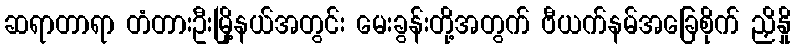
ဆရာတာရာ တံတားဦးမြို့နယ်အတွင်း မေးခွန်းတို့အတွက် ဗီယက်နမ်အခြေစိုက် ညှိနှို